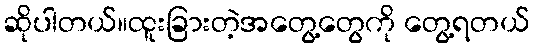
ဆိုပါတယ်။ထူးခြားတဲ့အတွေ့တွေကို တွေ့ရတယ်